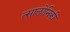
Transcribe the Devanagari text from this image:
त्सालोनिकी